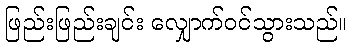
ဖြည်းဖြည်းချင်း လျှောက်ဝင်သွားသည်။